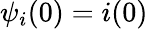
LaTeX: \psi_{i}(0)=i(0)